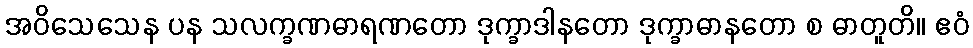
အဝိသေသေန ပန သလက္ခဏဓာရဏတော ဒုက္ခာဒါနတော ဒုက္ခာဓာနတော စ ဓာတူတိ။ ဧဝံ